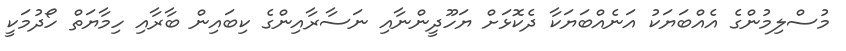
މުސްލިމުންގެ އެއްބަޔަކު އަނެއްބަޔަކާ ދެކޮޅަށް ޔަހޫދީންނާއި ނަސާރާއިންގެ ކިބައިން ބާރާއި ހިމާޔަތް ހޯދުމަކީ